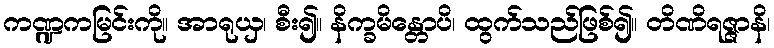
ကဏ္ဍကမြင်းကို။ အာရုယှ၊ စီး၍။ နိက္ခမိန္တောပိ၊ ထွက်သည်ဖြစ်၍။ တိဏိရဇ္ဇာနိ၊